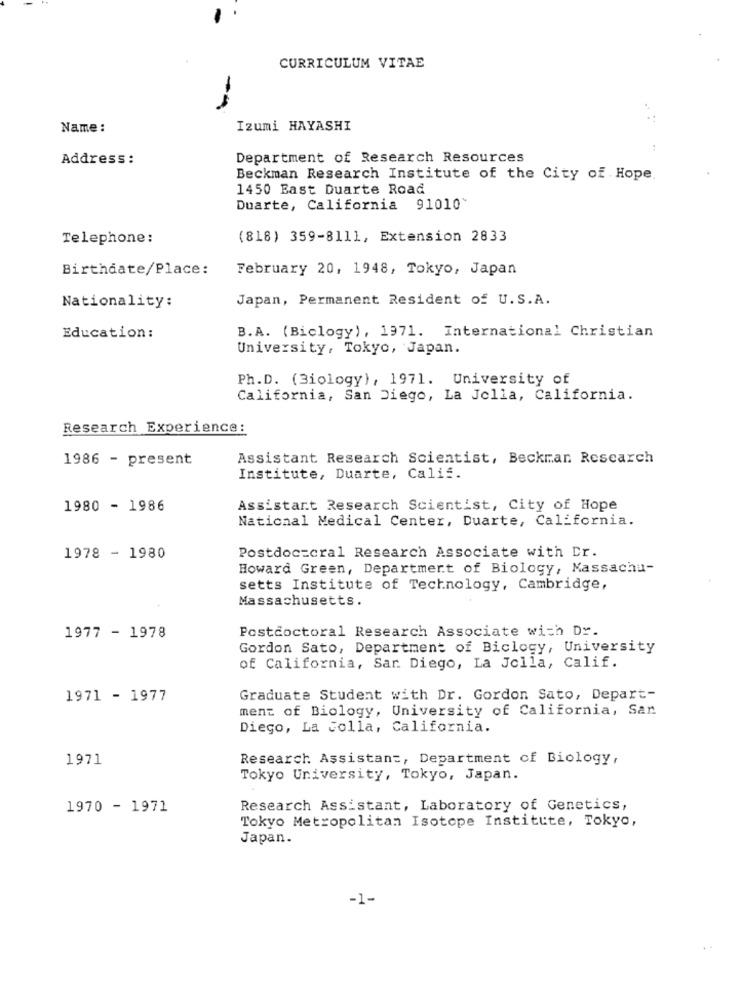
CURRICULUM VITAE
--
Name :
Izumi HAYASHI
Address :
Department of Research Resources
Beckman Research Institute of the City of Hope.
1450 East Duarte Road
Duarte, California 91010'
Telephone:
(818) 359-8111, Extension 2833
Birthdate/Place:
February 20, 1948, Tokyo, Japan
Japan, Permanent Resident of U.S.A.
Nationality:
B.A. (Biclogy), 1971. International Christian
Education:
University, Tokyo, Japan.
Ph.D. (Biology), 1971. University of
California, San Diego, La Jolla, California.
Research Experience:
1986 - present
Assistant Research Scientist, Beckman Research
Institute, Duarte, Calif.
1980 - 1986
Assistant Research Scientist, City of Hope
National Medical Center, Duarte, California.
1978 - 1980
Postdoc=cral Research Associate with Dr.
Howard Green, Department of Biology, Massachu-
setts Institute of Technology, Cambridge,
Massachusetts.
Postdoctoral Research Associate with Dr.
1977 - 1978
Gordon Sato, Department of Biclogy, University
of California, Sar. Diego, La Jolla, Calif.
1971 - 1977
Graduate Student with Dr. Gordon Sato, Depart-
ment of Biology, University of California, San
Diego, La Jolla, California.
1971
Research Assistant, Department of Biology,
Tokyo University, Tokyo, Japan.
1970 - 1971
Research Assistant, Laboratory of Genetics,
Tokyo Metropolitan Isotope Institute, Tokyo,
Japan.
-1-